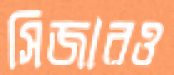
সিজারও